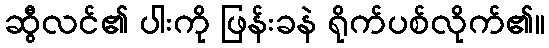
ဆွီလင်၏ ပါးကို ဖြန်းခနဲ ရိုက်ပစ်လိုက်၏။